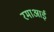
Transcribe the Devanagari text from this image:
रमाआई